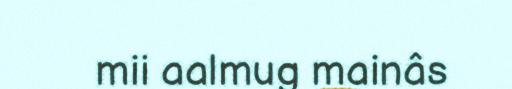
mii aalmug mainâs